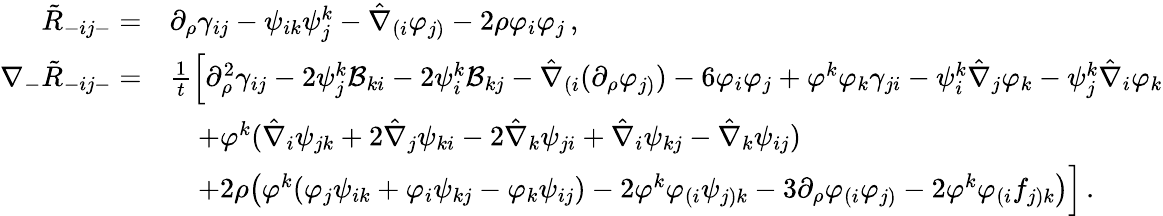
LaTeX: \begin{array}{rl}{\tilde{R}_{-ij-}=}&{\partial_{\rho}\gamma_{ij}-\psi_{ik}\psi_{j}^{k}-\hat{\nabla}_{(i}\varphi_{j)}-2\rho\varphi_{i}\varphi_{j}\, ,}\\ {\nabla_{-}\tilde{R}_{-ij-}=}&{\frac{1}{t}\Big[\partial_{\rho}^{2}\gamma_{ij}-2\psi_{j}^{k}{\cal B}_{ki}-2\psi_{i}^{k}{\cal B}_{kj}-\hat{\nabla}_{(i}(\partial_{\rho}\varphi_{j)})-6\varphi_{i}\varphi_{j}+\varphi^{k}\varphi_{k}\gamma_{ji}-\psi_{i}^{k}\hat{\nabla}_{j}\varphi_{k}-\psi_{j}^{k}\hat{\nabla}_{i}\varphi_{k}}\\ &{\quad+\varphi^{k}(\hat{\nabla}_{i}\psi_{jk}+2\hat{\nabla}_{j}\psi_{ki}-2\hat{\nabla}_{k}\psi_{ji}+\hat{\nabla}_{i}\psi_{kj}-\hat{\nabla}_{k}\psi_{ij})}\\ &{\quad+2\rho\big(\varphi^{k}(\varphi_{j}\psi_{ik}+\varphi_{i}\psi_{kj}-\varphi_{k}\psi_{ij})-2\varphi^{k}\varphi_{(i}\psi_{j)k}-3\partial_{\rho}\varphi_{(i}\varphi_{j)}-2\varphi^{k}\varphi_{(i}f_{j)k}\big)\Big]\, .}\end{array}